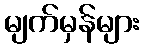
မျက်မှန်များ